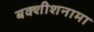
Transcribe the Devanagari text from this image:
बक्शीशनामा